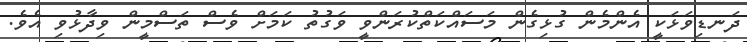
ދަނޑިވަޅަކީ އެންމެން ގުޅިގެން މަސައްކަތްކުރަންވީ ވަގުތު ކަމަށް ވެސް ތަސްމީން ވިދާޅުވި އެވެ.